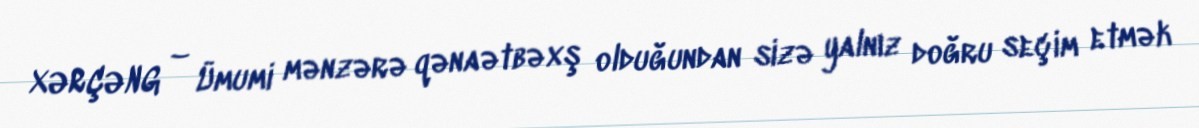
XƏRÇƏNG – Ümumi mənzərə qənaətbəxş olduğundan sizə yalnız doğru seçim etmək